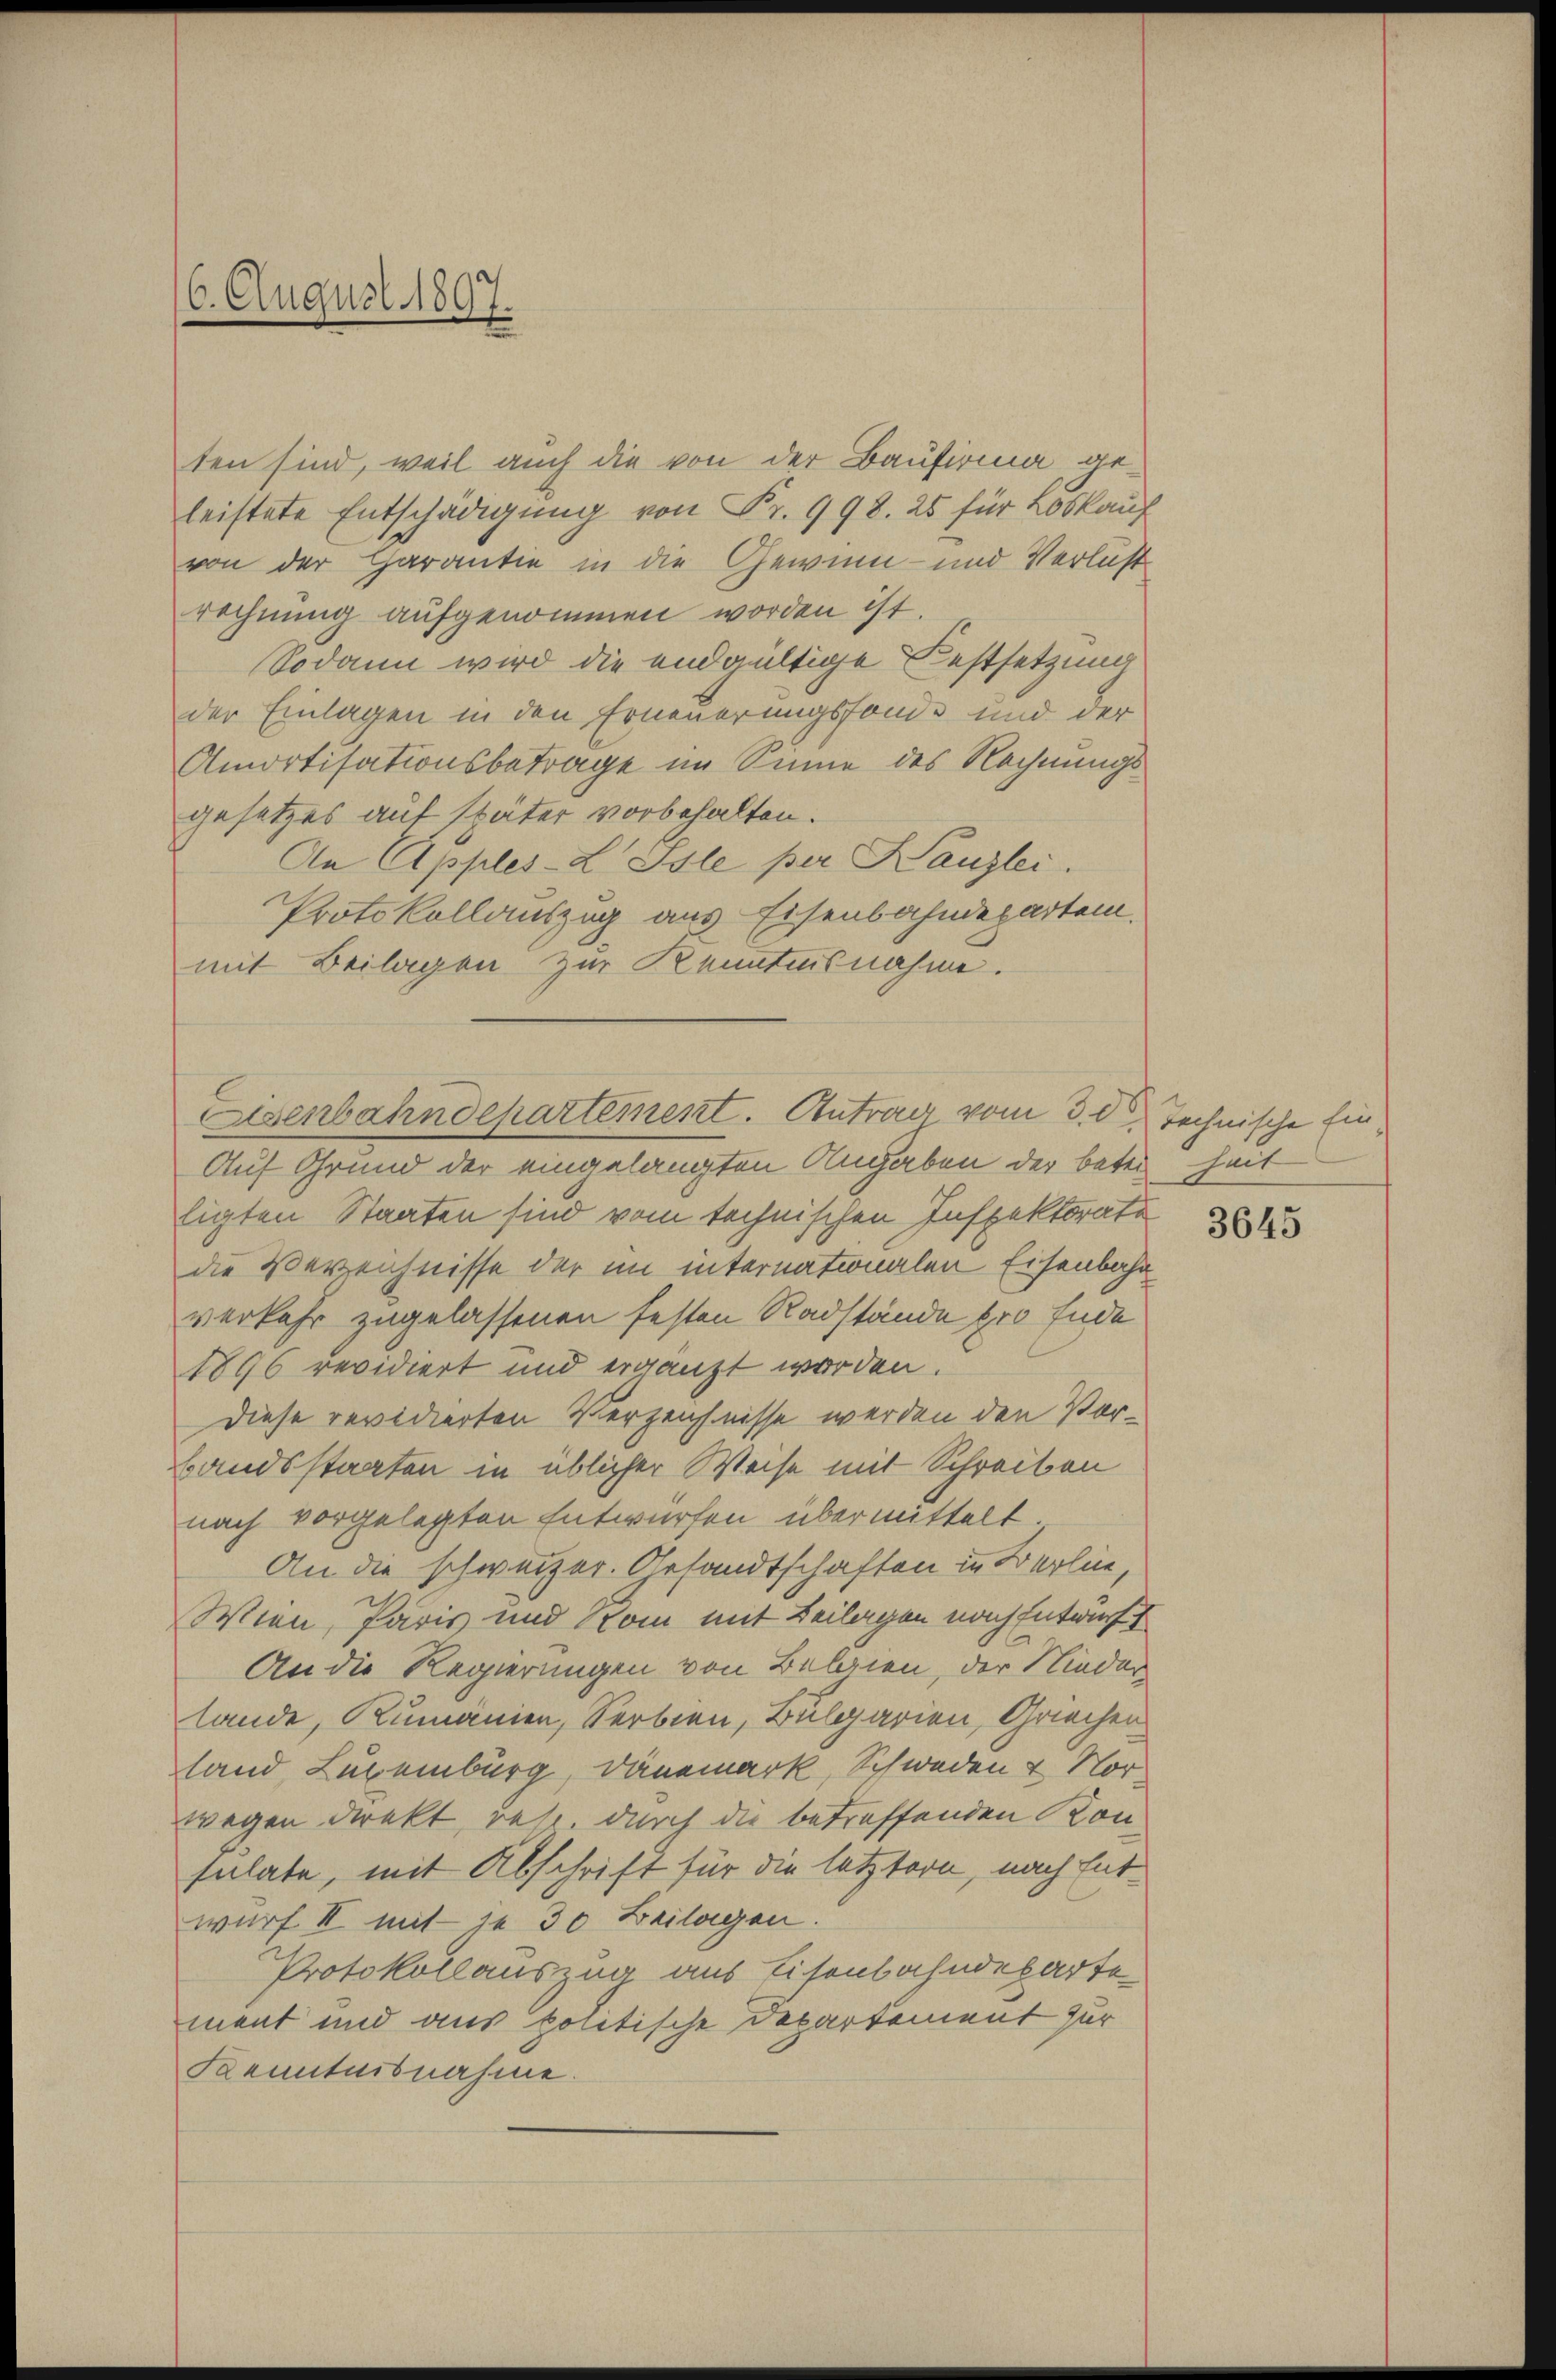
6. August 1897.

ten sind, weil auch die von der Baufirma geleistete Entschädigung von Fr. 998. 25 für Loskauf
von der Charantie in die Gewinn- und Verlust
rechnung aufgenommen worden ist.
Sodann wird die endgültige Festsetzung
der Einlagen in den Erneuerungsfonde und der
Amortisationsbetrage im Sinne des Rechnungsgesetzes auf später vorbehalten.
An Apples-L. Isle per Kanzlei.
Protokollauszug aus Eisenbahndepartem.
mit Beilagen zur Kenntnisnahme.
Auf Grund der eingelangten Angaben der beten heit
ligten Staaten sind vom technischen Inspektorate
die Vereichnisse der im internationalen Eisenbahn
verkehr zugelassenen festen Radstände pro Ende
1896 revidiert und ergänzt worden.
Diese revidierten Verzeichnisse werden den Vorbandsstaaten in üblicher Weise mit Schreiben
nach vorgelegten Entwürfen übermittelt
An die schweizer. Gesandtschaften in Berline,
Wien, Paris und Rom mit Beilagen nach Entwurf
An die Regierungen von Belien, der Nieder
lande, Rumänien, Serbien, Bulgarien, Griechen
land Luxenburg, Dänemark, Schweden & Nor-
wegen direkt, resp. durch die betreffenden Kon-
sulate, mit Abschrift für die letztern, nach Entwurf II mit je 30 Beilagen.
Protokollauszug aus Eisenbahndepartement und aus politische Departement zur
Kenntnisnahme.

Eisenbahndepartement. Antrag vom 3. d. Technische Ein¬

3645